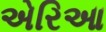
એરિઆ